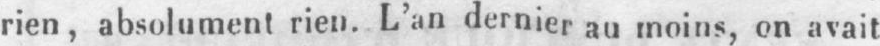
rien, absolument rien. L’an dernier au moins, on avait